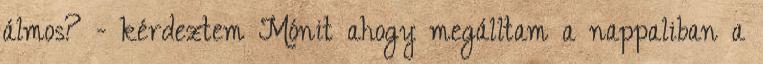
álmos? - kérdeztem Mónit ahogy megálltam a nappaliban a